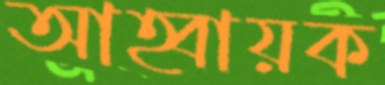
আহ্বায়ক